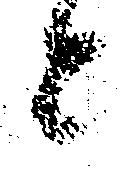
と